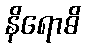
နိရောဓိ